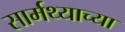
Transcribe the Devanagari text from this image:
सार्मथ्याच्या